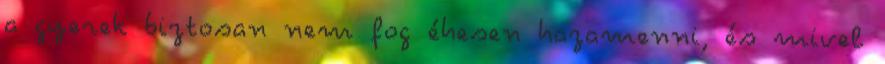
a gyerek biztosan nem fog éhesen hazamenni, és mivel